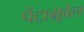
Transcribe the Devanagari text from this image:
पैंटाग्रूवेल